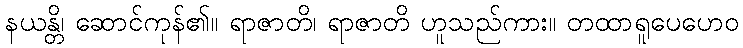
နယန္တိ၊ ဆောင်ကုန်၏။ ရာဇာတိ၊ ရာဇာတိ ဟူသည်ကား။ တထာရူပေဟေဝ